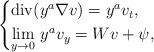
LaTeX: \begin{align*} \begin{cases}\operatorname{div}(y^a \nabla v) = y^a v_t, \\\underset{y \to 0}{\lim}\ y^a v_y = W v +\psi,\end{cases}\end{align*}